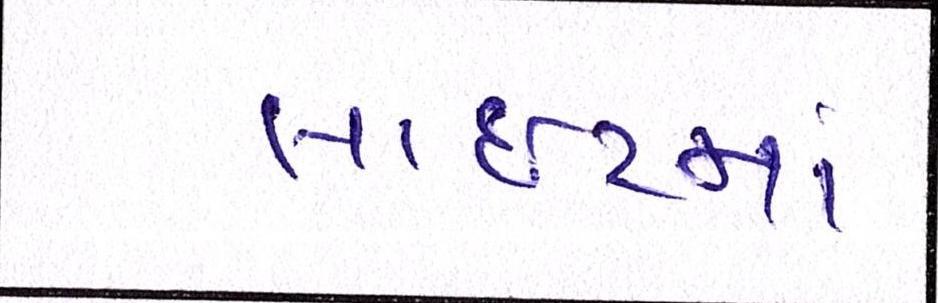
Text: લાઈટમાં